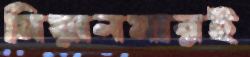
মিয়ানমারই